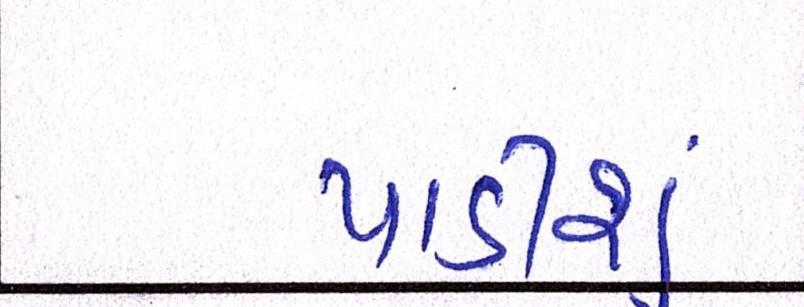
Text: પાડીશું